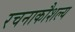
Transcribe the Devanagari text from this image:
रचनाकौशल्य